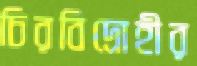
চিরবিদ্রোহীর